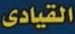
القيادى